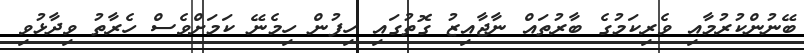
ބޭނުންކުރުމާއި ވެރިކަމުގެ ބާރުތައް ނާޖާއިޒު ގޮތުގައި ހިފުން ހިމެނޭ ކަމަށްވެސް ހެރާތު ވިދާޅުވި